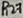
Text: R27